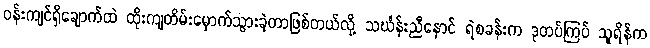
ဝန်းကျင်ရှိချောက်ထဲ ထိုးကျတိမ်းမှောက်သွားခဲ့တာဖြစ်တယ်လို့ သင်္ဃန်းညီနောင် ရဲစခန်းက ဒုတပ်ကြပ် သူရိန်က